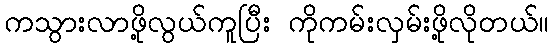
ကသွားလာဖို့လွယ်ကူပြီး ကိုကမ်းလှမ်းဖို့လိုတယ်။